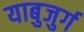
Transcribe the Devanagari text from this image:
याबुजुर्ग